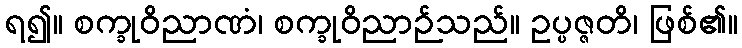
ရ၍။ စက္ခုဝိညာဏံ၊ စက္ခုဝိညာဉ်သည်။ ဥပ္ပဇ္ဇတိ၊ ဖြစ်၏။